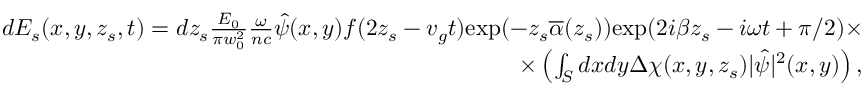
\begin{array} { r } { d E _ { s } ( x , y , z _ { s } , t ) = d z _ { s } \frac { E _ { 0 } } { \pi w _ { 0 } ^ { 2 } } \frac { \omega } { n c } \hat { \psi } ( x , y ) f ( 2 z _ { s } - v _ { g } t ) \mathrm { e x p } ( - z _ { s } \overline { { \alpha } } ( z _ { s } ) ) \mathrm { e x p } ( 2 i \beta z _ { s } - i \omega t + \pi / 2 ) \times } \\ { \times \left( \int _ { S } d x d y \Delta \chi ( x , y , z _ { s } ) | \hat { \psi } | ^ { 2 } ( x , y ) \right) , } \end{array}